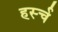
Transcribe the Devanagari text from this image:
हर्स्च